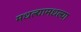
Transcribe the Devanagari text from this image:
मधल्यामधल्या